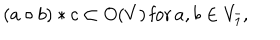
( a \circ b ) * c \subset O ( V ) \, \mathrm { f o r } \, a , b \in V _ { \bar { 1 } } ,